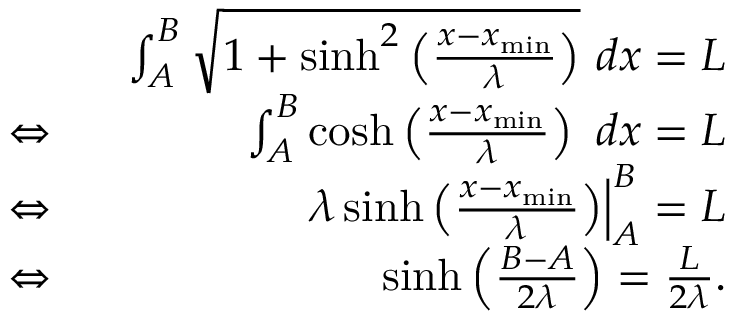
\begin{array} { r l r } & { ~ } & { ~ ~ \int _ { A } ^ { B } \sqrt { 1 + \sinh ^ { 2 } \left( \frac { x - x _ { \mathrm { m i n } } } { \lambda } \right) } ~ d x = L } \\ & { \Leftrightarrow } & { ~ ~ \int _ { A } ^ { B } \cosh \left( \frac { x - x _ { \mathrm { m i n } } } { \lambda } \right) ~ d x = L } \\ & { \Leftrightarrow } & { ~ ~ \left. \lambda \sinh \left( \frac { x - x _ { \mathrm { m i n } } } { \lambda } \right) \right| _ { A } ^ { B } = L } \\ & { \Leftrightarrow } & { ~ ~ \sinh \left( \frac { B - A } { 2 \lambda } \right) = \frac { L } { 2 \lambda } . } \end{array}